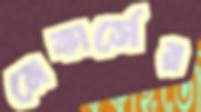
মেকার্সের